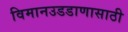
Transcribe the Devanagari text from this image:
विमानउडडाणासाठी